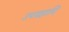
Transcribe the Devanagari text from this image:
उपग्रहादि